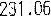
231.06